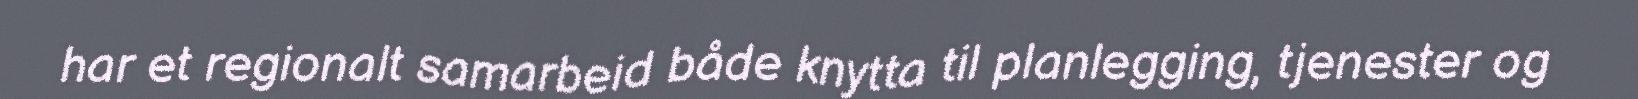
har et regionalt samarbeid både knytta til planlegging, tjenester og